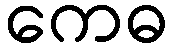
ကေဓ